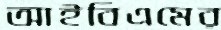
আইবিএমের